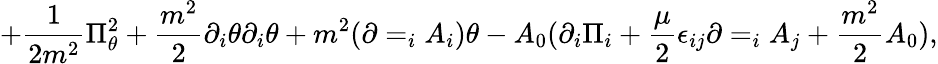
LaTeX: +{\frac{1}{2m^{2}}}\Pi_{\theta}^{2}+{\frac{m^{2}}{2}}\partial_{i}\theta\partial_{i}\theta+m^{2}(\partial=_{i}A_{i})\theta-A_{0}(\partial_{i}\Pi_{i}+{\frac{\mu}{2}}\epsilon_{ij}\partial=_{i}A_{j}+{\frac{m^{2}}{2}}A_{0}),